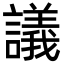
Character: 議